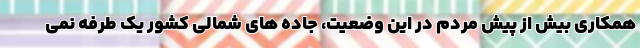
همکاری بیش از پیش مردم در این وضعیت، جاده های شمالی کشور یک طرفه نمی